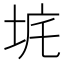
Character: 𡊾